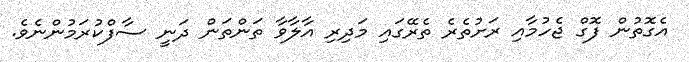
އެގޮތުން ފޮގް ޖެހުމާއި ރަށުތެރެ ތެރޭގައި މަދިރި އާލާވާ ތަންތަން ދަނީ ސާފްކުރަމުންނެވެ.